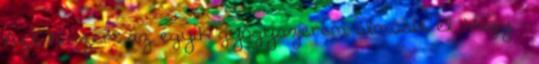
Azt hiszem az egyik gyógyszerem álmosít el. Vagy –